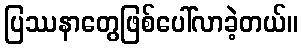
ပြဿနာတွေဖြစ်ပေါ်လာခဲ့တယ်။